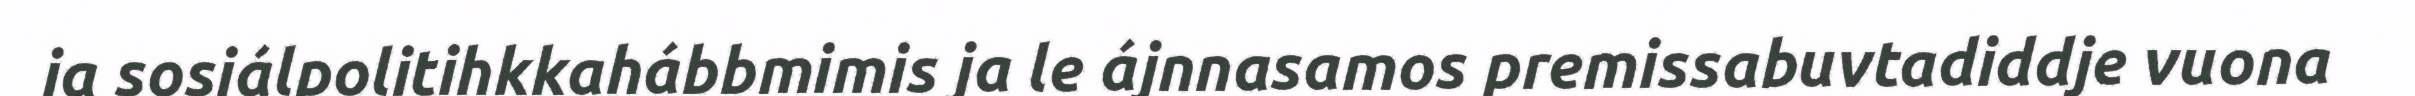
ja sosiálpolitihkkahábbmimis ja le ájnnasamos premissabuvtadiddje vuona